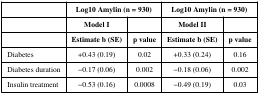
<table><thead><tr><td>[EMPTY_CELL]</td><td colspan="2"><b>Log10 Amylin (n = 930)</b></td><td colspan="2"><b>Log10 Amylin (n = 930)</b></td></tr><tr><td>[EMPTY_CELL]</td><td><b>Model I</b></td><td>[EMPTY_CELL]</td><td><b>Model II</b></td><td>[EMPTY_CELL]</td></tr><tr><td>[EMPTY_CELL]</td><td><b>Estimate b (SE)</b></td><td><b>p value</b></td><td><b>Estimate b (SE)</b></td><td><b>p value</b></td></tr></thead><tbody><tr><td>Diabetes</td><td>+0.43 (0.19)</td><td>0.02</td><td>+0.33 (0.24)</td><td>0.16</td></tr><tr><td>Diabetes duration</td><td>−0.17 (0.06)</td><td>0.002</td><td>−0.18 (0.06)</td><td>0.002</td></tr><tr><td>Insulin treatment</td><td>−0.53 (0.16)</td><td>0.0008</td><td>−0.49 (0.19)</td><td>0.03</td></tr></tbody></table>